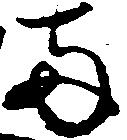
両